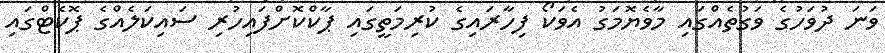
ވަނަ ދުވަހުގެ ވަގުތެއްގައި މާވެޔޮމަގު އެވަކޯ ފިހާރައިގެ ކުރިމަތީގައި ޕާކްކޮށްފައިހުރި ސައިކަލެއްގެ ޕޮކެޓްގައި